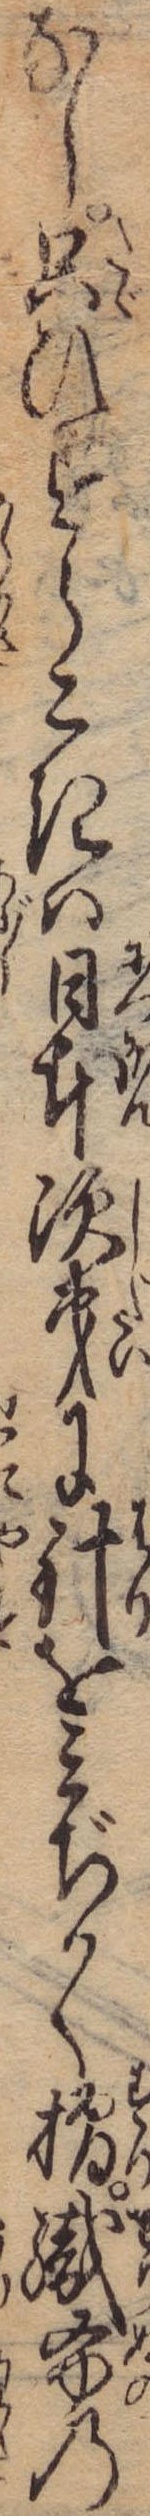
なし只ひすらこきは日本次第に針をみぢかく摺織布の